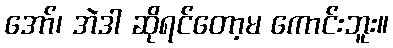
အော်၊ အဲဒါ ဆိုရင်တော့မ ကောင်းဘူး။